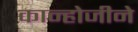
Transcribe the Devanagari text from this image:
कान्होजीने